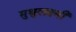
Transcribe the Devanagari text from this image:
मुथुलक्ष्मी